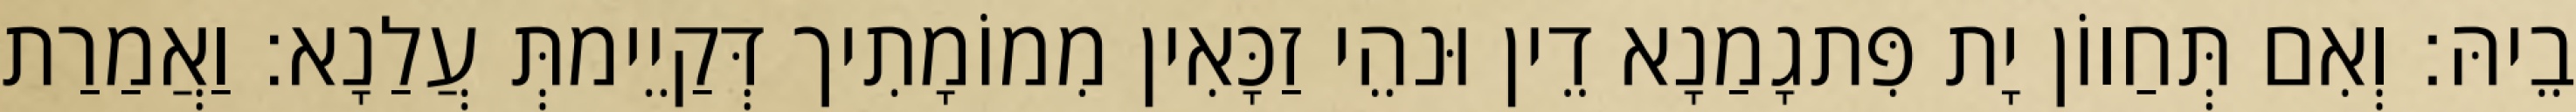
בֵיהּ׃ וְאִם תְּחַווֹן יָת פִּתגָמַנָא דֵין וּנהֵי זַכָּאִין מִמוֹמָתִיך דְּקַיֵימתְּ עֲלַנָא׃ וַאֲמַרַת